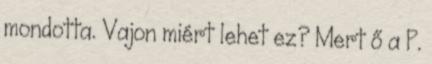
mondotta. Vajon miért lehet ez? Mert ő a P.